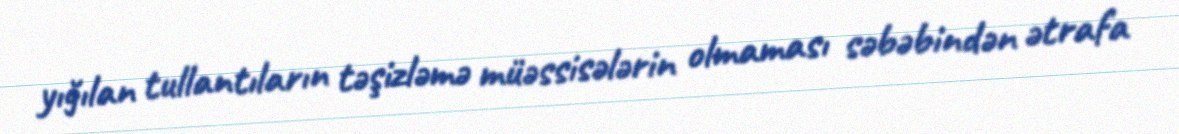
yığılan tullantıların təşizləmə müəssisələrin olmaması səbəbindən ətrafa